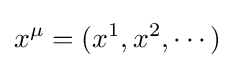
x^{\mu }=(x^{1},x^{2},\cdots )